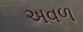
અવળ